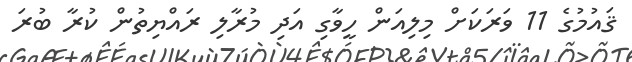
ޤައުމުގެ 11 ވަރަކަށް މިލިއަން ހީވާގި އަދި މުރާލި ރައްޔިތުން ކުރާ ބުރަ